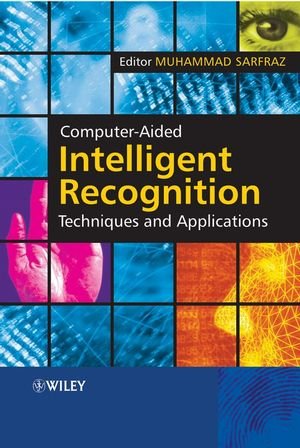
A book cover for Computer-Aided Intelligent Recognition Techniques and Applications; Computers & Technology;